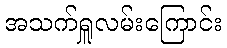
အသက်ရှူလမ်းကြောင်း